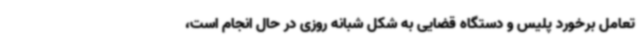
تعامل برخورد پلیس و دستگاه قضایی به شکل شبانه روزی در حال انجام است،